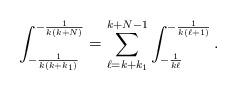
LaTeX: \begin{align*}\int_{-\frac{1}{k(k+k_1)}}^{-\frac{1}{k(k+N)}} = \sum_{\ell=k+k_1}^{k+N-1} \int_{-\frac{1}{k\ell}}^{-\frac{1}{k(\ell+1)}}.\end{align*}